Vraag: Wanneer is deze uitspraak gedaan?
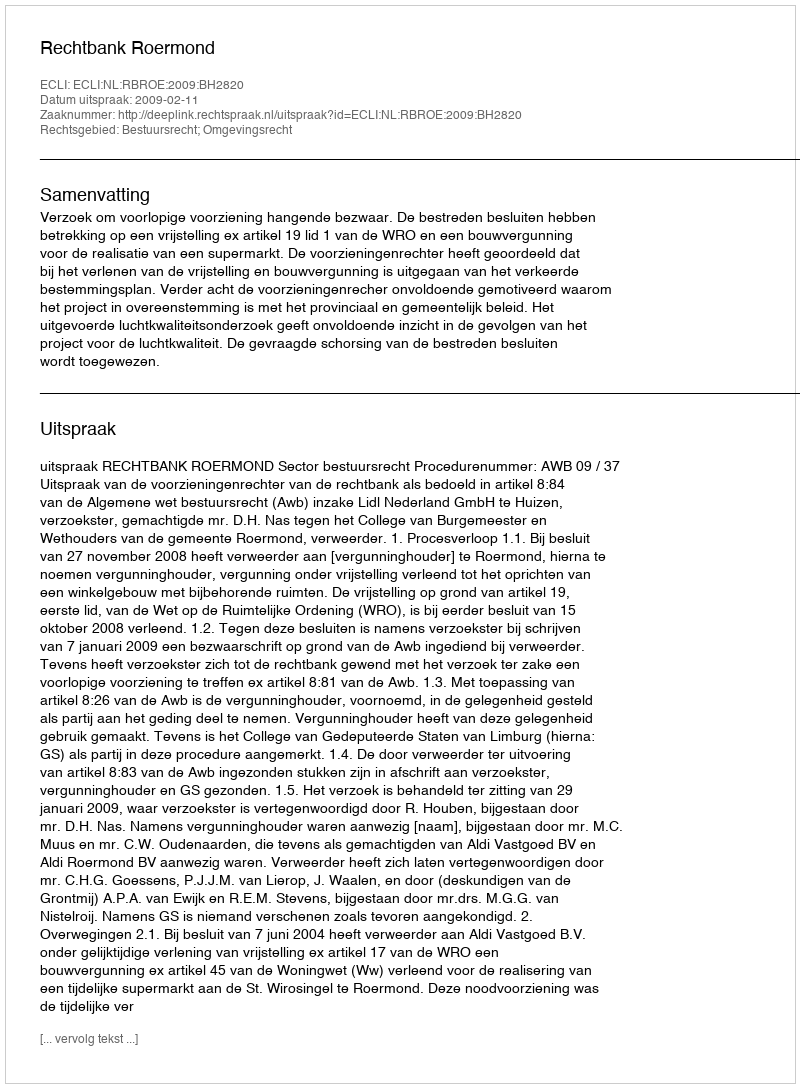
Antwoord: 2009-02-11